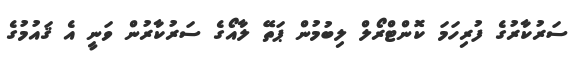
ސަރުކާރުގެ ފުރިހަމަ ކޮންޓްރޯލް ލިބުމުން ޕަތޭ ލާއޯގެ ސަރުކާރުން ވަނީ އެ ޤައުމުގެ